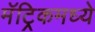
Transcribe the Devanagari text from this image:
मॅट्रिकमध्ये